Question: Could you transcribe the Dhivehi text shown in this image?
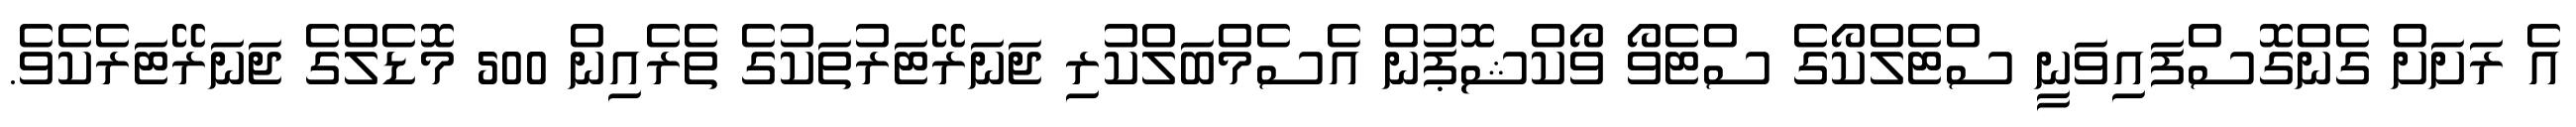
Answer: އެ ރަށަށް ގެންގޮސްފައިވަނީ ސްޓެލްކޯގެ ސްޓެވޯ ވޯކްޝޮޕުން އެސެމްބަލްކުރި ޖަނަރޭޓަރުތަކުގެ ތެރެއިން 500 މޮޑެލްގެ ޖަނަރޭޓަރެކެވެ.